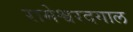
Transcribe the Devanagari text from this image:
रामेश्वरदयाल